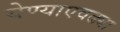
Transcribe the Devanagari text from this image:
येण्याएवढ्या